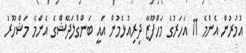
އުމުރުން އެންމެ 11 އަހަރުގެ މަހްފޫޒާ ދިރިއުޅެމުން އައީ ބަންގްލަދޭޝްގެ އެންމެ މަޝްހޫރު